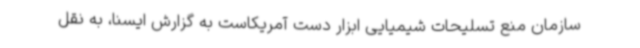
سازمان منع تسلیحات شیمیایی ابزار دست آمریکاست به گزارش ایسنا، به نقل